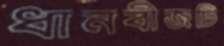
ধানবীজটি